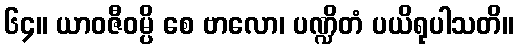
၆၄။ ယာဝဇီဝမ္ပိ စေ ဗာလော၊ ပဏ္ဍိတံ ပယိရုပါသတိ။